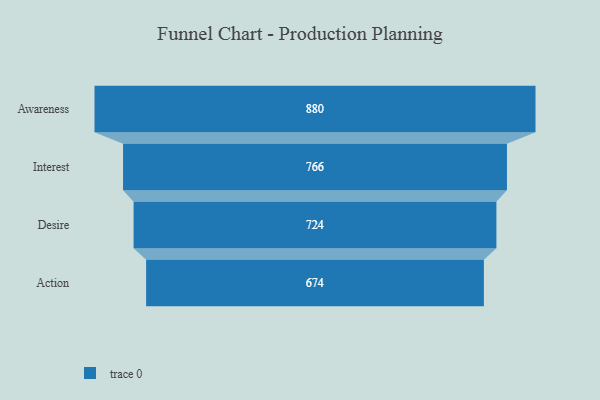
{"axis": {"x": "Stage", "y": "Value"}, "legend": [""], "data": [{"x": "Awareness", "y": 880.0, "type": ""}, {"x": "Interest", "y": 766.0, "type": ""}, {"x": "Desire", "y": 724.0, "type": ""}, {"x": "Action", "y": 674.0, "type": ""}]}